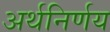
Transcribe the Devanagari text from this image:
अर्थनिर्णय